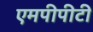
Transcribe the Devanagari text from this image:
एमपीपीटी